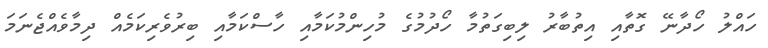
ހައްލު ހޯދާނޭ ގޮތާއި އިތުބާރު ލިބިގަތުމާ ހޯދުމުގެ މުހިންމުކަމާއި ހާސްކަމާއި ބިރުވެރިކަމެއް ދިމާވެއްޖެނަމަ